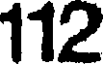
112